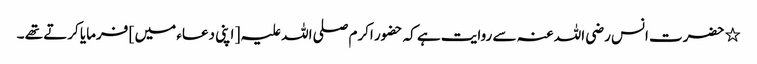
٭ حضرت انس رضی اللہ عنہ سے روایت ہے کہ حضور اکرم صلی اللہ علیہ [ اپنی دعاء میں ] فرمایا کرتے تھے ۔